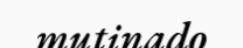
mutinado